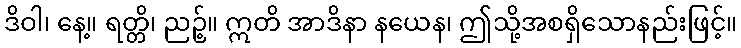
ဒိဝါ၊ နေ့။ ရတ္တိ၊ ညဉ့်။ ဣတိ အာဒိနာ နယေန၊ ဤသို့အစရှိသောနည်းဖြင့်။